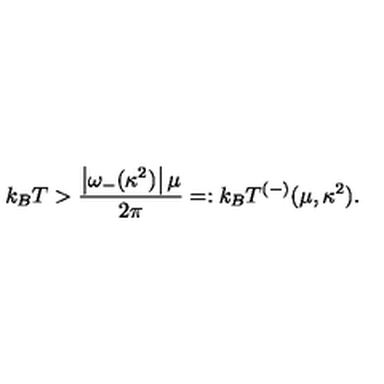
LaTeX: k _ { B } T > \frac { \left| \omega _ { - } ( \kappa ^ { 2 } ) \right| \mu } { 2 \pi } = : k _ { B } T ^ { ( - ) } ( \mu , \kappa ^ { 2 } ) .